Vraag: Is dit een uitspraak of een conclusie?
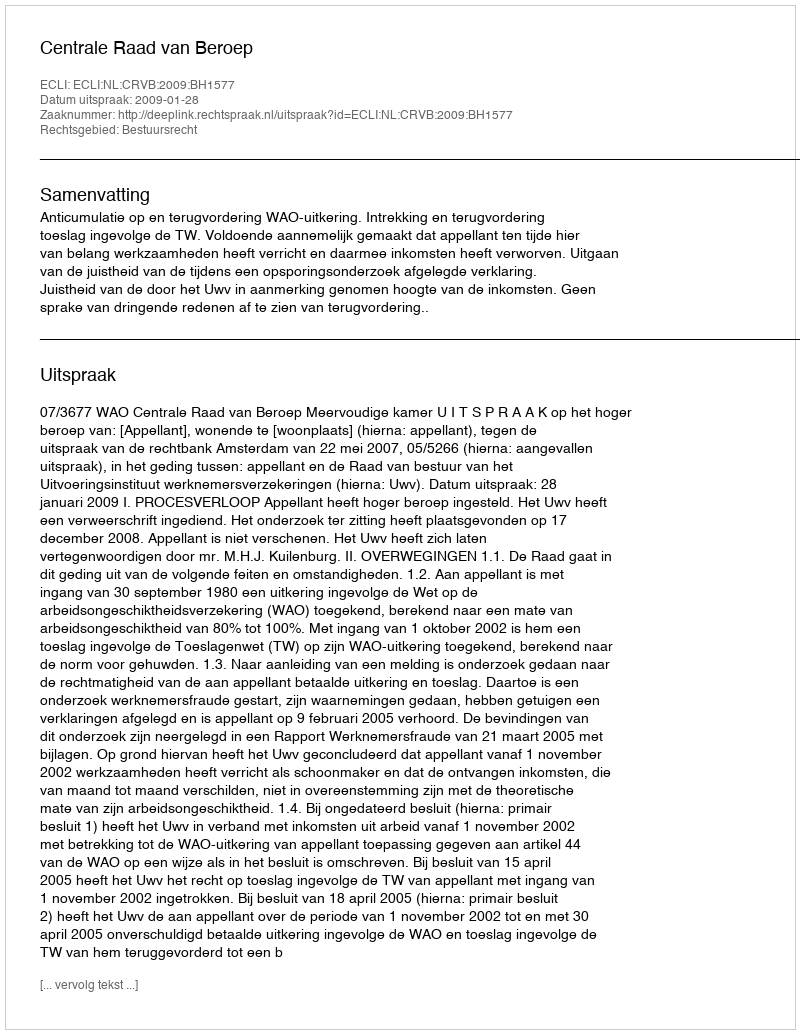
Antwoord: Uitspraak